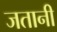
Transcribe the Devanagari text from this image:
जतानी